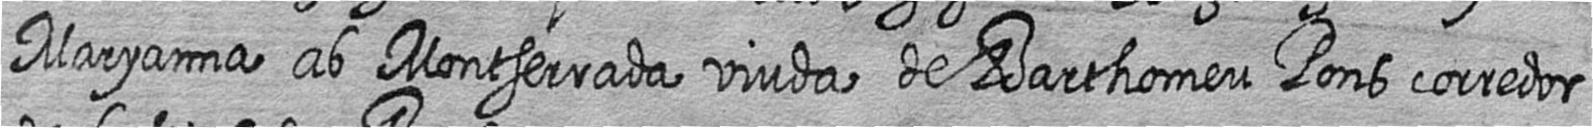
Maryanna ab Montserrada viuda de Barthomeu Pons corredor